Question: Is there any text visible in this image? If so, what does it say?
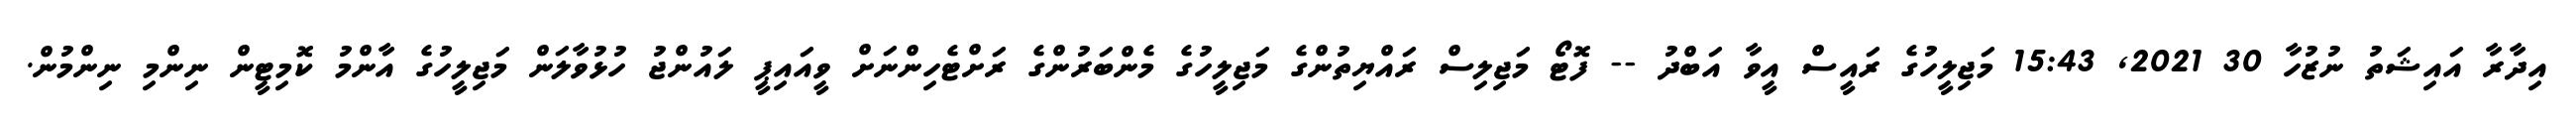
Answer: އިދާރާ އައިޝަތު ނުޒުހާ 30 2021, 15:43 މަޖިލީހުގެ ރައީސް އީވާ އަބްދު -- ފޮޓޯ މަޖިލިސް ރައްޔިތުންގެ މަޖިލީހުގެ މެންބަރުންގެ ރަށްޓެހިންނަށް ވީއައިޕީ ލައުންޖު ހުޅުވާލަން މަޖިލީހުގެ އާންމު ކޮމިޓީން ނިންމި ނިންމުން.